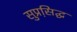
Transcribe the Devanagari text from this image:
सुप्रसि़द्घ